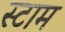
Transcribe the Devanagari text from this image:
स्टाम